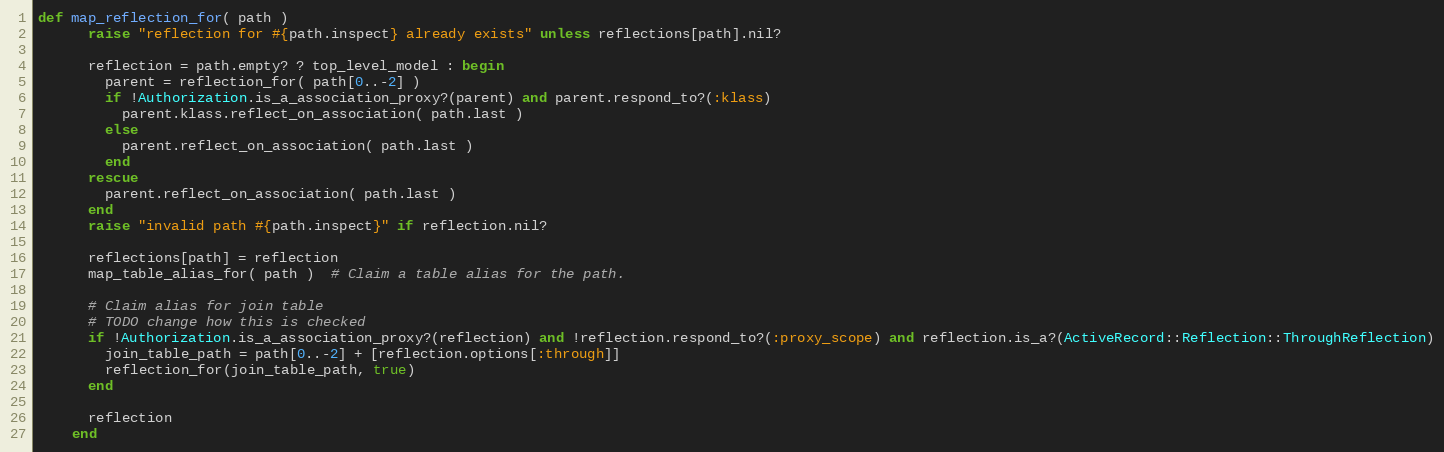
Language: Ruby
def map_reflection_for( path )
      raise "reflection for #{path.inspect} already exists" unless reflections[path].nil?

      reflection = path.empty? ? top_level_model : begin
        parent = reflection_for( path[0..-2] )
        if !Authorization.is_a_association_proxy?(parent) and parent.respond_to?(:klass)
          parent.klass.reflect_on_association( path.last )
        else
          parent.reflect_on_association( path.last )
        end
      rescue
        parent.reflect_on_association( path.last )
      end
      raise "invalid path #{path.inspect}" if reflection.nil?

      reflections[path] = reflection
      map_table_alias_for( path )  # Claim a table alias for the path.

      # Claim alias for join table
      # TODO change how this is checked
      if !Authorization.is_a_association_proxy?(reflection) and !reflection.respond_to?(:proxy_scope) and reflection.is_a?(ActiveRecord::Reflection::ThroughReflection)
        join_table_path = path[0..-2] + [reflection.options[:through]]
        reflection_for(join_table_path, true)
      end

      reflection
    end